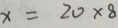
x = 2 0 \times 8